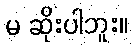
မ ဆိုးပါဘူး။